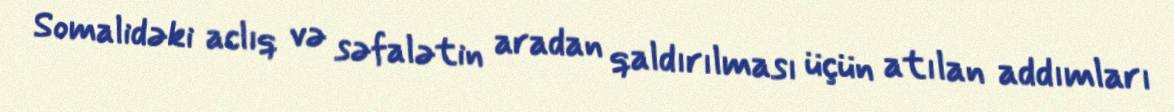
Somalidəki aclıq və səfalətin aradan qaldırılması üçün atılan addımları